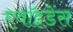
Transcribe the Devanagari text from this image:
एवॉइडेंस